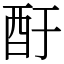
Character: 酑